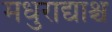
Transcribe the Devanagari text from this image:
मधुराद्याश्च